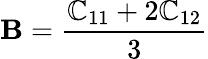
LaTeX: \mathbf{B}=\frac{{\mathbb{{C}}_{11}+2\mathbb{{C}}_{12}}}{{3}}